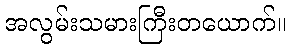
အလွမ်းသမားကြီးတယောက်။